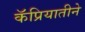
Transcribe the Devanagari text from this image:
कॅप्रियातीने